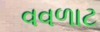
વવળાટ